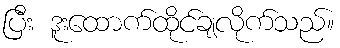
ပြီး ဒူးထောက်ထိုင်ချလိုက်သည်။